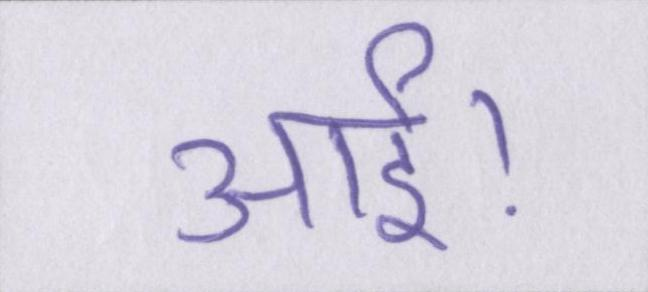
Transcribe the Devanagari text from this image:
आई।